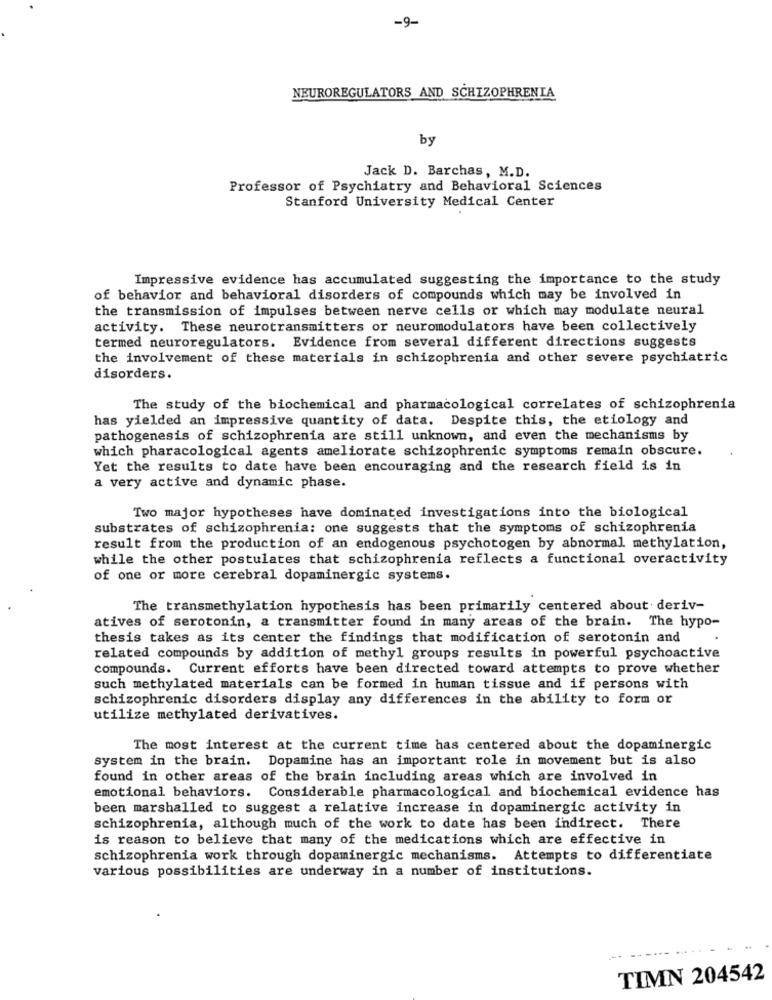
-9-
NEUROREGULATORS AND SCHIZOPHRENIA
by
Jack D. Barchas, M.D.
Professor of Psychiatry and Behavioral Sciences
Stanford University Medical Center
Impressive evidence has accumulated suggesting the importance to the study
of behavior and behavioral disorders of compounds which may be involved in
the transmission of impulses between nerve cells or which may modulate neural
activity. These neurotransmitters or neuromodulators have been collectively
termed neuroregulators. Evidence from several different directions suggests
the involvement of these materials in schizophrenia and other severe psychiatric
disorders.
The study of the biochemical and pharmacological correlates of schizophrenia
has yielded an impressive quantity of data. Despite this, the etiology and
pathogenesis of schizophrenia are still unknown, and even the mechanisms by
which pharacological agents ameliorate schizophrenic symptoms remain obscure.
Yet the results to date have been encouraging and the research field is in
a very active and dynamic phase.
Two major hypotheses have dominated investigations into the biological
substrates of schizophrenia: one suggests that the symptoms of schizophrenia
result from the production of an endogenous psychotogen by abnormal methylation,
while the other postulates that schizophrenia reflects a functional overactivity
of one or more cerebral dopaminergic systems.
The transmethylation hypothesis has been primarily centered about deriv-
atives of serotonin, a transmitter found in many areas of the brain. The hypo-
thesis takes as its center the findings that modification of serotonin and
related compounds by addition of methyl groups results in powerful psychoactive
compounds. Current efforts have been directed toward attempts to prove whether
such methylated materials can be formed in human tissue and if persons with
schizophrenic disorders display any differences in the ability to form or
utilize methylated derivatives.
The most interest at the current time has centered about the dopaminergic
system in the brain. Dopamine has an important role in movement but is also
found in other areas of the brain including areas which are involved in
emotional behaviors. Considerable pharmacological and biochemical evidence has
been marshalled to suggest a relative increase in dopaminergic activity in
schizophrenia, although much of the work to date has been indirect. There
is reason to believe that many of the medications which are effective in
schizophrenia work through dopaminergic mechanisms. Attempts to differentiate
various possibilities are underway in a number of institutions.
TIMN 204542